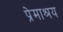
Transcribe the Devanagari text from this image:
प्रेमाश्रय